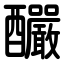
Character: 釅